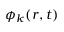
\phi _ { k } ( r , t )